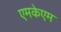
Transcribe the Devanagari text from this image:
एमकेएम